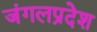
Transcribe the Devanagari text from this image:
जंगलप्रदेश